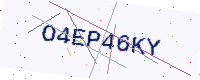
Text: O4EP46KY